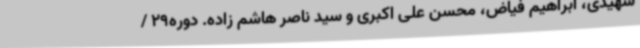
شهیدی، ابراهیم فیاض، محسن علی اکبری و سید ناصر هاشم زاده. دوره29 /